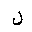
Letter: _lam